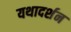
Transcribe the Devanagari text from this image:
यथादर्शन